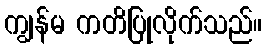
ကျွန်မ ကတိပြုလိုက်သည်။